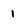
Character: 1